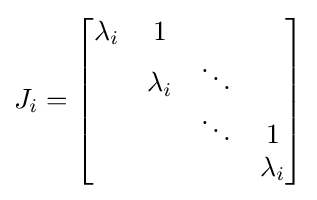
J_{i}={\begin{bmatrix}\lambda _{i}&1&\;&\;\\\;&\lambda _{i}&\ddots &\;\\\;&\;&\ddots &1\\\;&\;&\;&\lambda _{i}\end{bmatrix}}